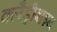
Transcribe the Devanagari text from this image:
क्लैड्रीबाइन